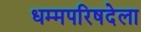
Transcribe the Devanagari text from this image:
धम्मपरिषदेला